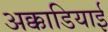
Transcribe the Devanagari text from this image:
अक्काडियाई